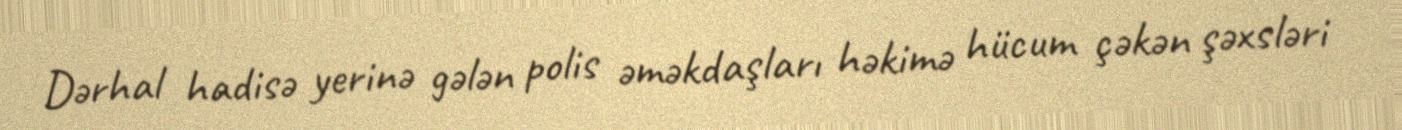
Dərhal hadisə yerinə gələn polis əməkdaşları həkimə hücum çəkən şəxsləri